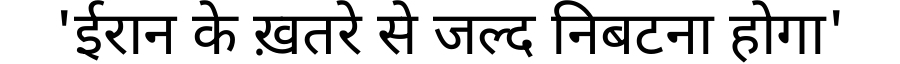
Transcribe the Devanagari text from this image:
'ईरान के ख़तरे से जल्द निबटना होगा'